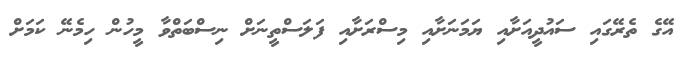
އޭގެ ތެރޭގައި ސައުދީއަށާއި ޔަމަނަށާއި މިސްރަށާއި ފަލަސްތީނަށް ނިސްބަތްވާ މީހުން ހިމެނޭ ކަމަށް